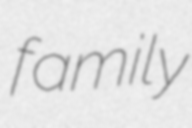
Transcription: family